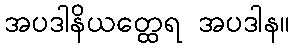
အပဒါနိယတ္ထေရ အပဒါန။